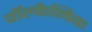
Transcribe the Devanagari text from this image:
वॉल्कैनिक